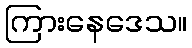
ကြားနေဒေသ။